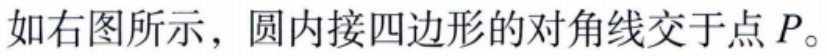
如右图所示，圆内接四边形的对角线交于点 \(P\)。